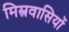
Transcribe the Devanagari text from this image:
मिस्त्रवासियों